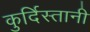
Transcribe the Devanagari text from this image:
कुर्दिस्तानी